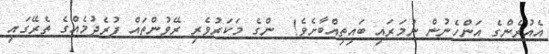
އެއުރެންގެ އަންހެނުން ނުމަރައި ބައިތިއްބާށެވެ!  ންގެ މަކަރުވެރި ރޭވުންތައް ފުރެދުމެއްގެ ތެރޭގައި